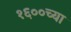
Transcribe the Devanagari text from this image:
१६००च्या